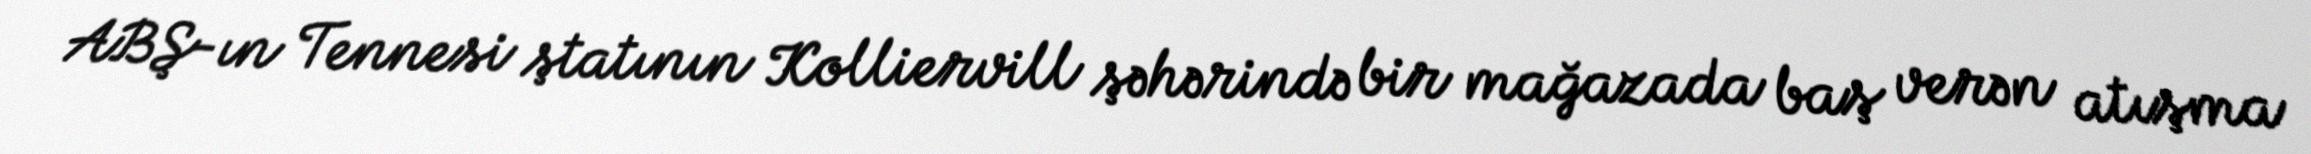
ABŞ-ın Tennesi ştatının Kolliervill şəhərində bir mağazada baş verən atışma